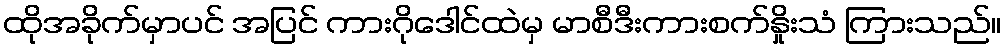
ထိုအခိုက်မှာပင် အပြင် ကားဂိုဒေါင်ထဲမှ မာစီဒီးကားစက်နှိုးသံ ကြားသည်။